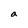
Character: a